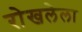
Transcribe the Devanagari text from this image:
रोखलेला